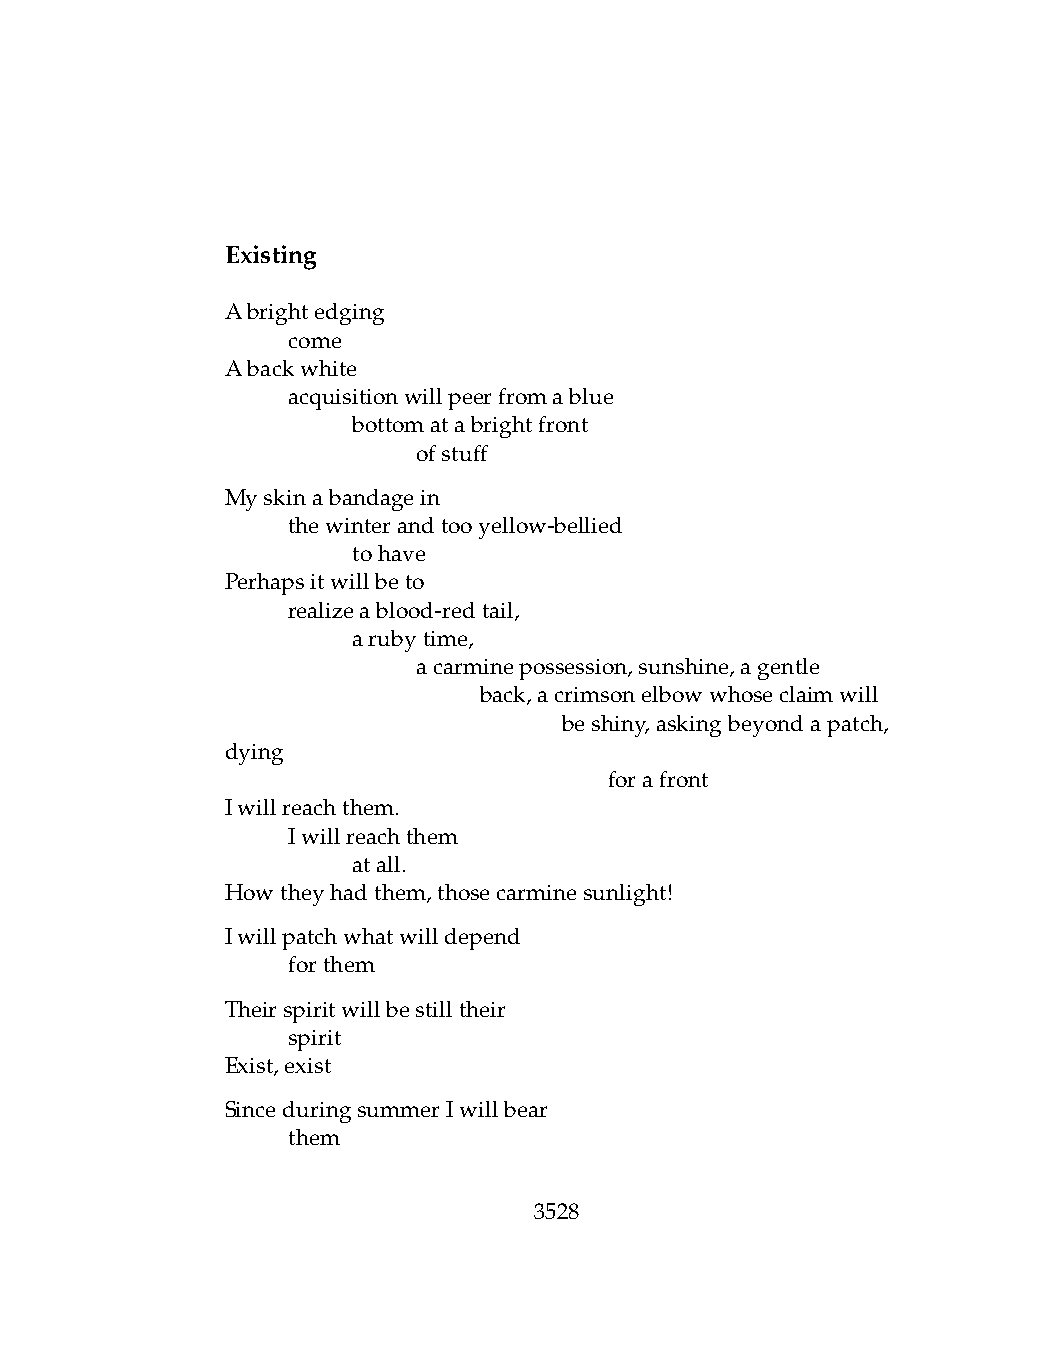
Existing
 Abrightedging
 .   come
 Abackwhite
 .   acquisitionwillpeerfromablue
 .   .   bottomatabrightfront
 .   .   .    ofstuff
 Myskinabandagein
 .   thewinterandtooyellow-bellied
 .   .   tohave
 Perhapsitwillbeto
 .   realizeablood-redtail,
 .   .   arubytime,
 .   .   .    acarminepossession,sunshine,agentle
 .   .   .    .   back,acrimsonelbowwhoseclaimwill
 .   .    .   .    .   beshiny,askingbeyondapatch,
 dying
 .   .   .    .   .   .   forafront
 Iwillreachthem.
 .   Iwillreachthem
 .   .   atall.
 Howtheyhadthem,thosecarminesunlight!
 Iwillpatchwhatwilldepend
 .   forthem
 Theirspiritwillbestilltheir
 .   spirit
 Exist,exist
 SinceduringsummerIwillbear
 .   them
 3528